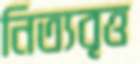
নিত্যবৃত্ত